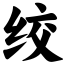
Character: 绞